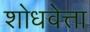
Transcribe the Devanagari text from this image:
शोधवेत्ता